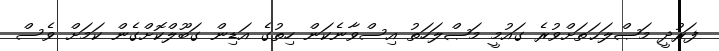
ފަރުދީ މަޞްލަޙަތަށްވުރެ ގައުމީ މަޞްލަހަތު އިސްވާނެކަން ހިތުގެ އަޑިން ގަބޫލްކޮށްގެން ކަމަށް ވެސް